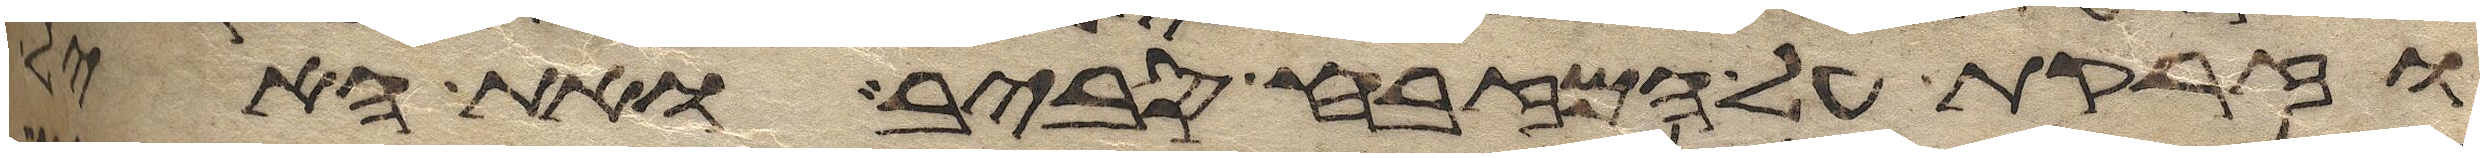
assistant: וזרקת על המזבח סביב ואת האיל